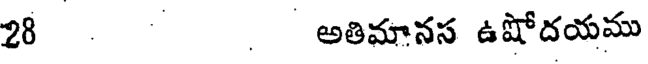
28 అతిమానస ఉషోదయము